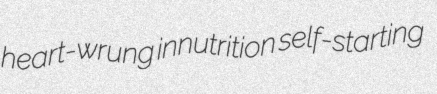
heart-wrung innutrition self-starting